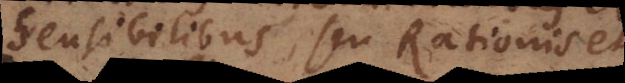
Sensibilibus, seu Rationis et